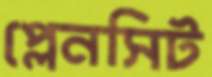
প্লেনসিট